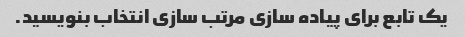
یک تابع برای پیاده سازی مرتب سازی انتخاب بنویسید.